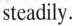
steadily.